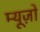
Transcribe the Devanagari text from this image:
म्यूज़ो